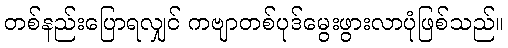
တစ်နည်းပြောရလျှင် ကဗျာတစ်ပုဒ်မွေးဖွားလာပုံဖြစ်သည်။